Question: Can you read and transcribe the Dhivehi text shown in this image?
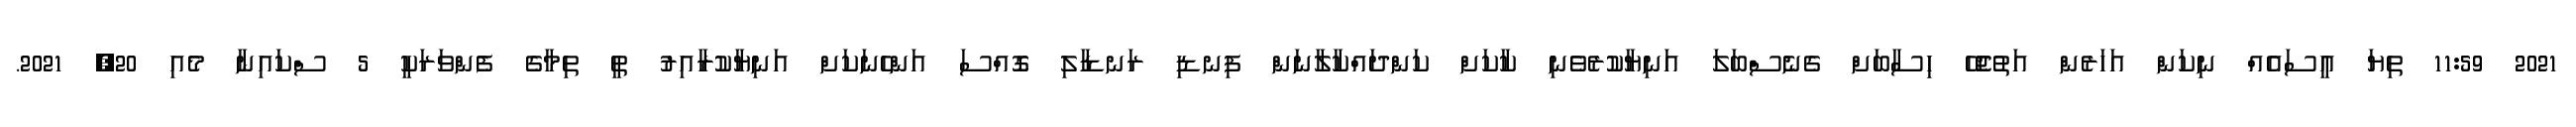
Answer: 2021 11:59 ތިޔަ އީސައެއް ނިކަން އަހަރެން އަތުޖެހޭ ހިސާބަށް ގެނެސްބަލަ އަނިޔާކުރެވެނި ކާކަށް ކަންދައްކާލާނަން ފިނޑި ރަނޑާލި ގޮއްސަ އަންހެނަކަށް އަނިޔާކުރާއިރު ތީ ތިމާގެ ފެންވަރަކީ 5 ސްކައިނާ މެއި 20, 2021.